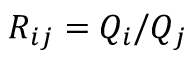
R _ { i j } = Q _ { i } / Q _ { j }